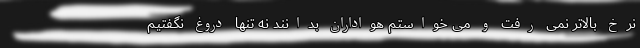
نرخ بالاتر نمی رفت و می خواستم هواداران بدانند نه تنها دروغ نگفتیم